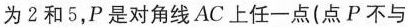
为2和5，P是对角线AC上任一点(点P不与